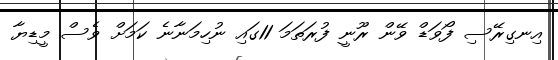
އިނގިރޭސި ފޯވަޑް ވޭން ރޫނީ ފުރަތަމަ 11ގައި ނުހިމަނާނެ ކަމަށް ވެސް މީޑިޔާ